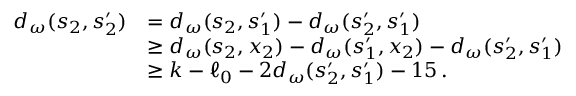
\begin{array} { r l } { d _ { \omega } ( s _ { 2 } , s _ { 2 } ^ { \prime } ) } & { = d _ { \omega } ( s _ { 2 } , s _ { 1 } ^ { \prime } ) - d _ { \omega } ( s _ { 2 } ^ { \prime } , s _ { 1 } ^ { \prime } ) } \\ & { \ge d _ { \omega } ( s _ { 2 } , x _ { 2 } ) - d _ { \omega } ( s _ { 1 } ^ { \prime } , x _ { 2 } ) - d _ { \omega } ( s _ { 2 } ^ { \prime } , s _ { 1 } ^ { \prime } ) } \\ & { \ge k - \ell _ { 0 } - 2 d _ { \omega } ( s _ { 2 } ^ { \prime } , s _ { 1 } ^ { \prime } ) - 1 5 \, . } \end{array}